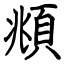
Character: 頫